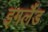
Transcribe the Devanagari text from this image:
इगलैंड